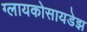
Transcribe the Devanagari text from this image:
ग्लायकोसायडेझ